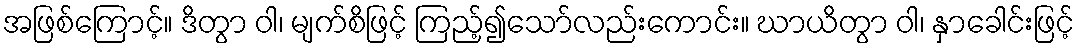
အဖြစ်ကြောင့်။ ဒိတွာ ဝါ၊ မျက်စိဖြင့် ကြည့်၍သော်လည်းကောင်း။ ဃာယိတွာ ဝါ၊ နှာခေါင်းဖြင့်